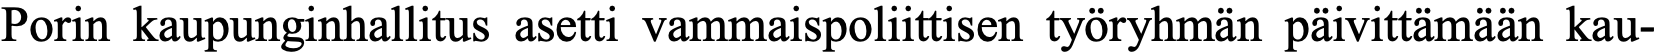
Porin kaupunginhallitus asetti vammaispoliittisen työryhmän päivittämään kau-